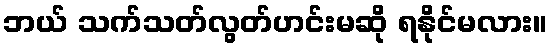
ဘယ် သက်သတ်လွတ်ဟင်းမဆို ရနိုင်မလား။